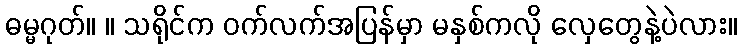
ဓမ္မဂုတ်။ ။ သရိုင်က ဝက်လက်အပြန်မှာ မနှစ်ကလို လှေတွေနဲ့ပဲလား။